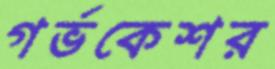
গর্ভকেশর